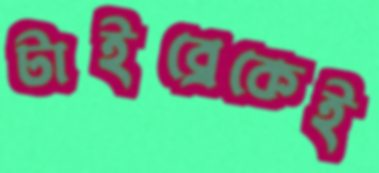
টাইব্রেকেই